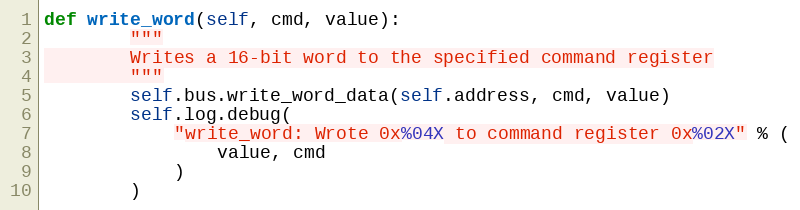
Language: Python
def write_word(self, cmd, value):
        """
        Writes a 16-bit word to the specified command register
        """
        self.bus.write_word_data(self.address, cmd, value)
        self.log.debug(
            "write_word: Wrote 0x%04X to command register 0x%02X" % (
                value, cmd
            )
        )